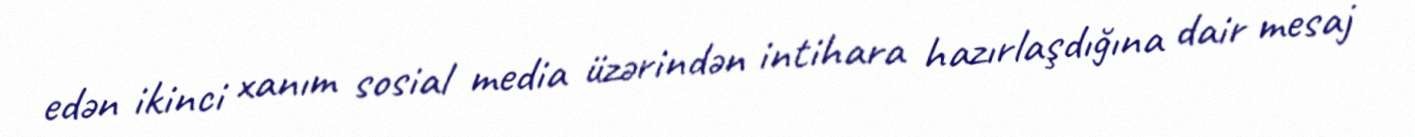
edən ikinci xanım sosial media üzərindən intihara hazırlaşdığına dair mesaj